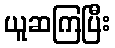
ယူဆကြပြီး